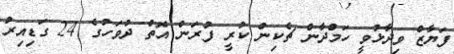
ފަޔާޒް ވިދާޅުވީ ހަމްދާން ޗެކިން ކުރީ ފުރަން އޮތް ދުވަހުގެ 24 ގަޑިއިރު